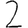
Digit: 2